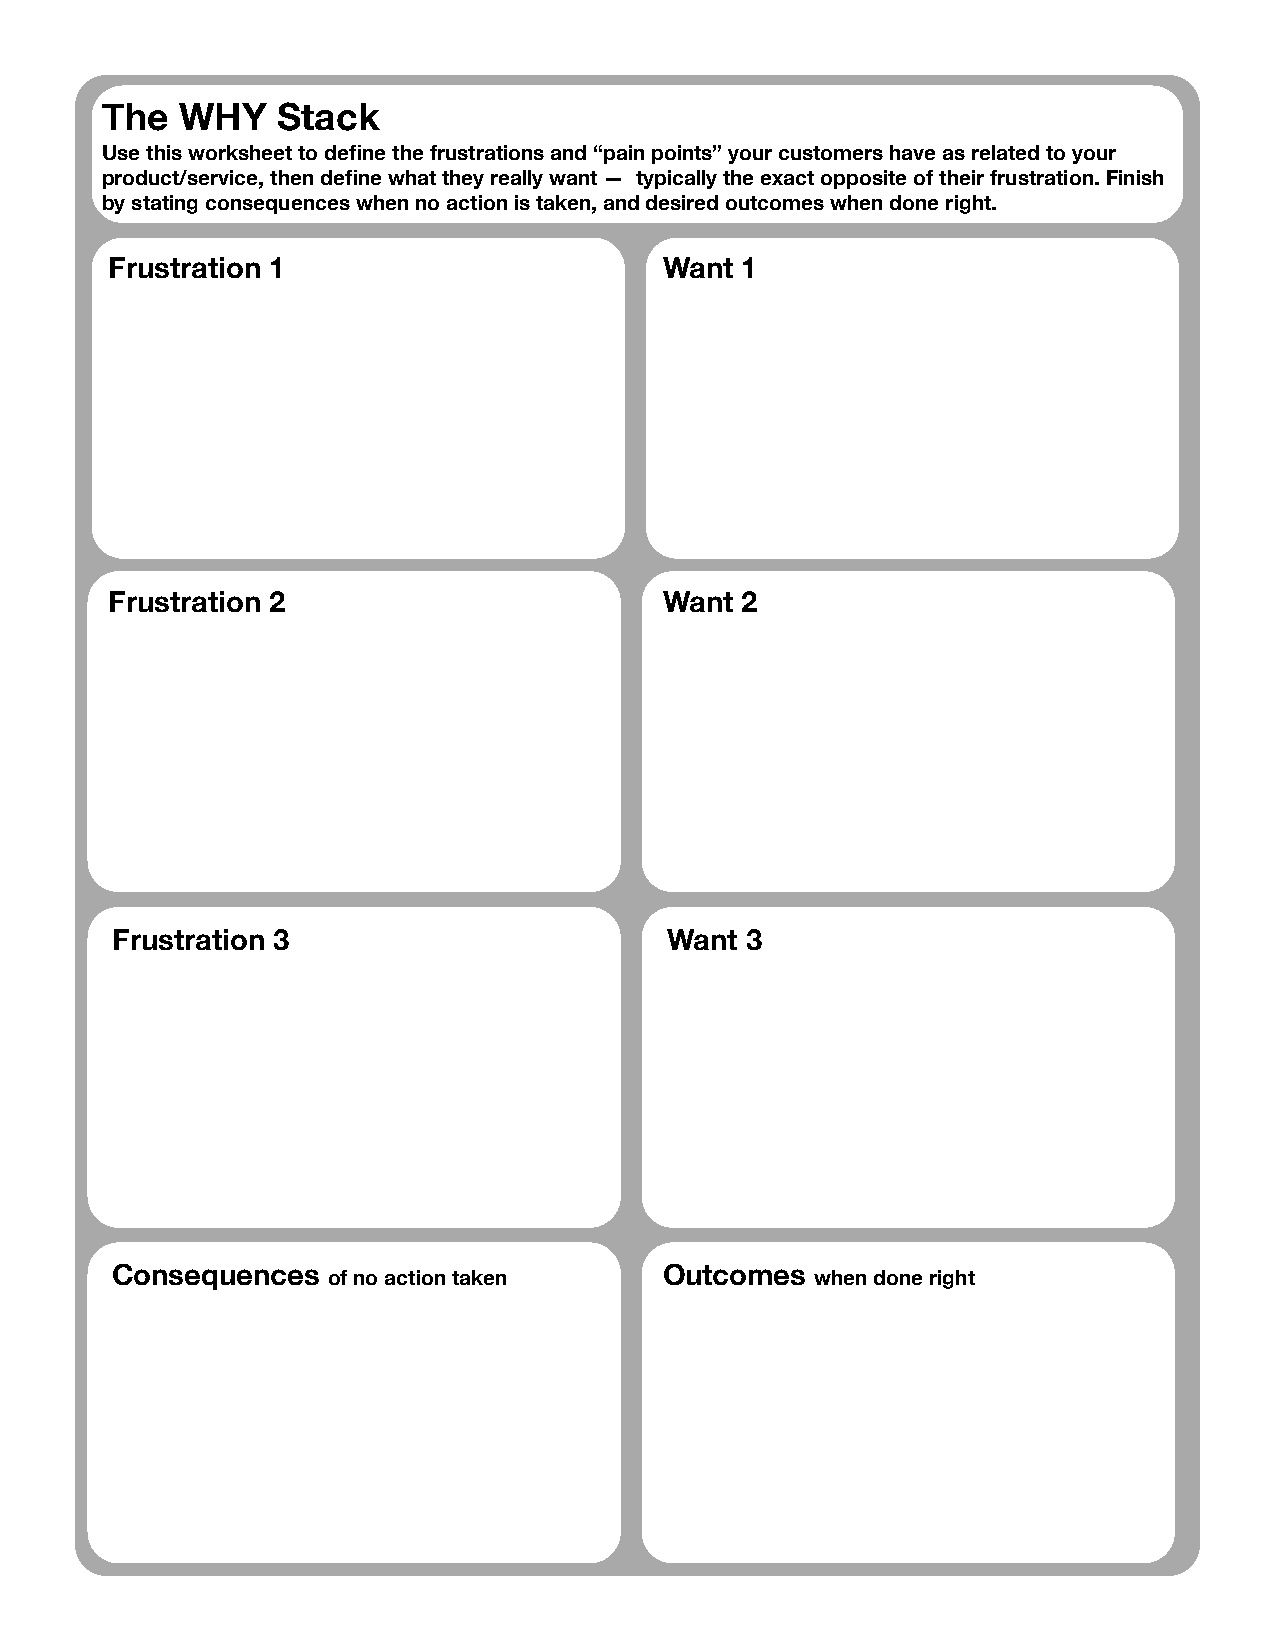
The  WHY   Stack
 Use this worksheet to define the frustrations and “pain points” your customers have as related to your
 product/service, then define what they really want — typically the exact opposite of their frustration. Finish
 by stating consequences when no action is taken, and desired outcomes when done right.
 Frustration 1                        Want 1
 Frustration 2                        Want 2
 Frustration 3                        Want 3
 Consequences                         Outcomes
 of no action taken              when done right